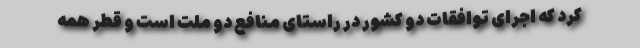
کرد که اجرای توافقات دو کشور در راستای منافع دو ملت است و قطر همه